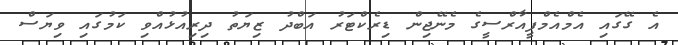
އެ ގޭގައި އެމްއެމްޕީއާރްސީގެ މެނޭޖިން ޑިރެކްޓަރު އަބްދު ޒިޔަތު ދިރިއުޅުއްވި ކަމުގައި ވިޔަސް